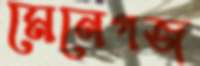
মেনেগজ